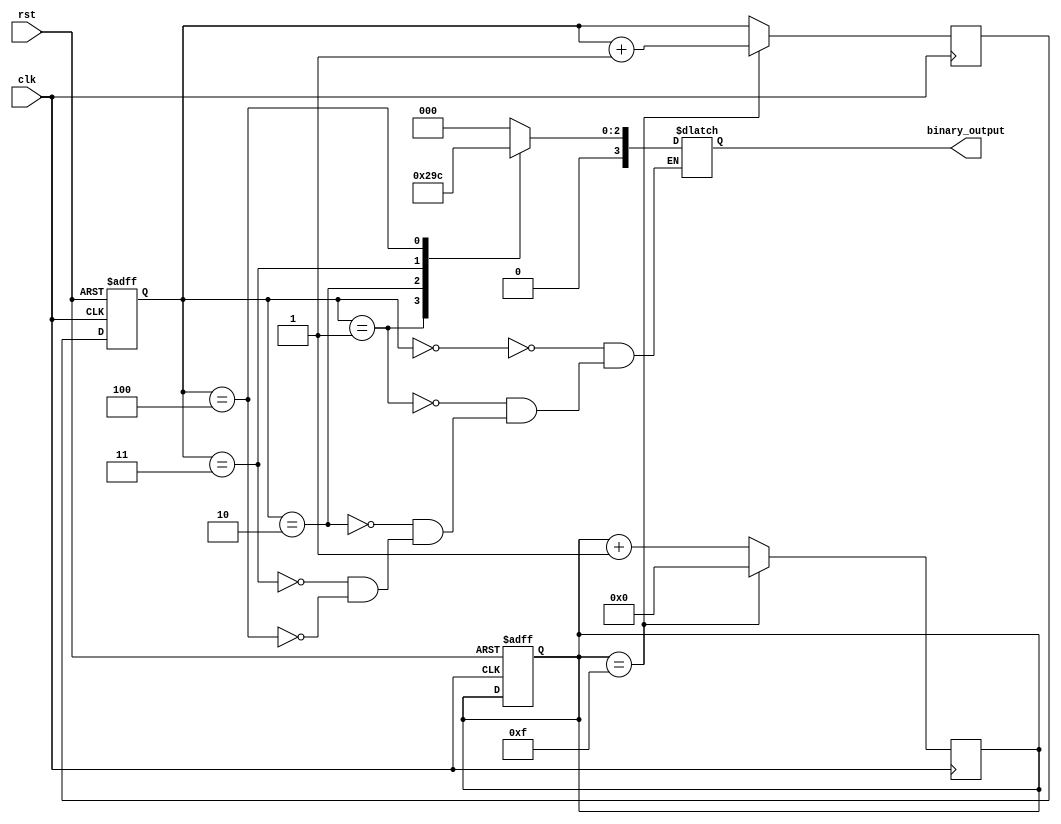
module clock_divider(
    input wire clk,
    input wire rst,
    output reg [3:0] binary_output
);

reg [3:0] current_state;
reg [3:0] next_state;
reg [3:0] count;

always @(posedge clk or posedge rst) begin
    if (rst) begin
        current_state <= 4'd0;
        count <= 4'd0;
    end else begin
        current_state <= next_state;
    end
end

always @(posedge clk) begin
    if (count == 4'd15) begin
        count <= 4'd0;
        next_state <= current_state + 1;
    end else begin
        count <= count + 1;
        next_state <= current_state;
    end
end

always @(*) begin
    case(current_state)
        4'd0: binary_output <= 4'b0000;
        4'd1: binary_output <= 4'b0001;
        4'd2: binary_output <= 4'b0010;
        4'd3: binary_output <= 4'b0011;
        4'd4: binary_output <= 4'b0100;
        // Add more cases for higher clock divisions
    endcase
end

endmodule